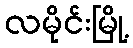
လမိုင်းမြို့